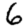
Digit: 6